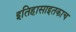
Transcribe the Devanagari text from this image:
इतिहासाइतकाच